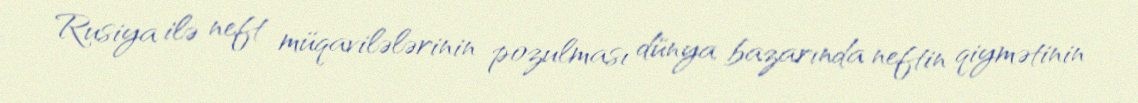
Rusiya ilə neft müqavilələrinin pozulması dünya bazarında neftin qiymətinin